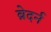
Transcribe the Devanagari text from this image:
ब्रेदर्न